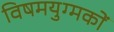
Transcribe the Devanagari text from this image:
विषमयुग्मकों